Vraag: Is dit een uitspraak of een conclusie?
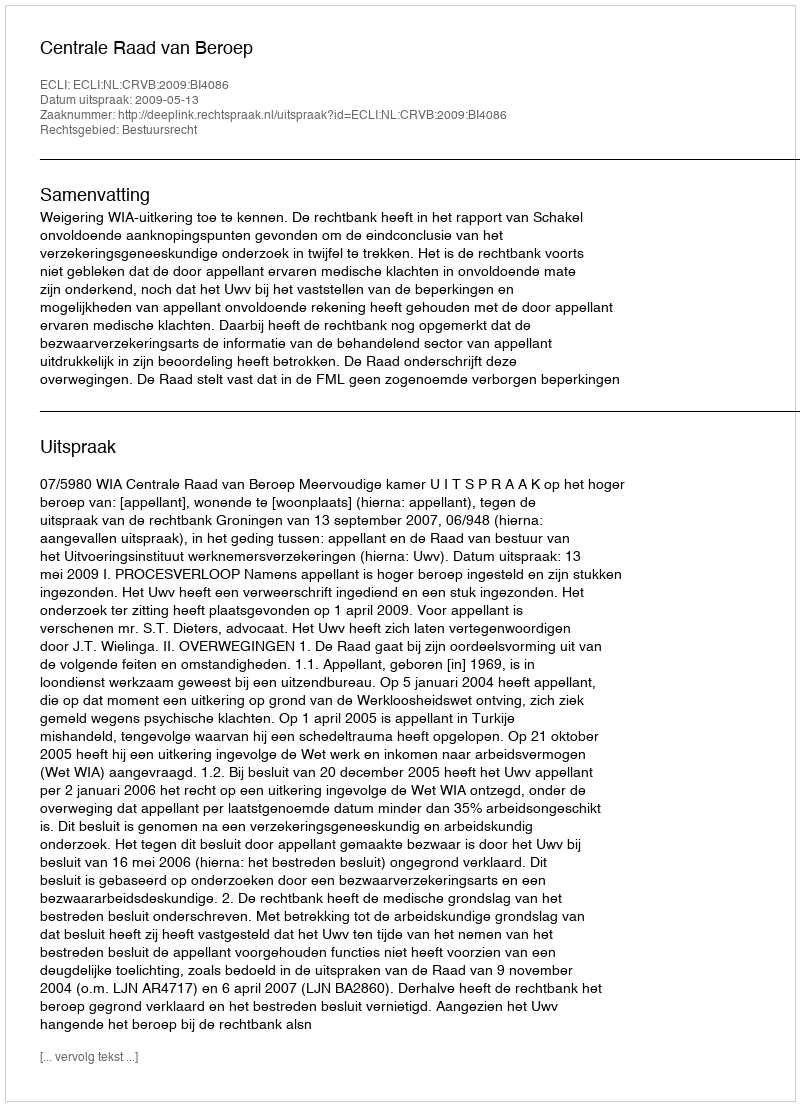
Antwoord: Uitspraak